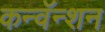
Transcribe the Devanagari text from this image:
कन्वॅन्शन